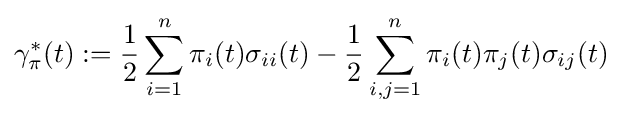
\gamma _{\pi }^{*}(t):={\frac {1}{2}}\sum _{i=1}^{n}\pi _{i}(t)\sigma _{ii}(t)-{\frac {1}{2}}\sum _{i,j=1}^{n}\pi _{i}(t)\pi _{j}(t)\sigma _{ij}(t)